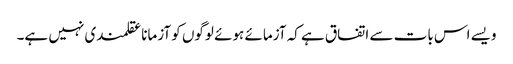
ویسے اس بات سے اتفاق ہے کہ آزمائے ہوئے لوگوں کو آزمانا عقلمندی نہیں ہے۔